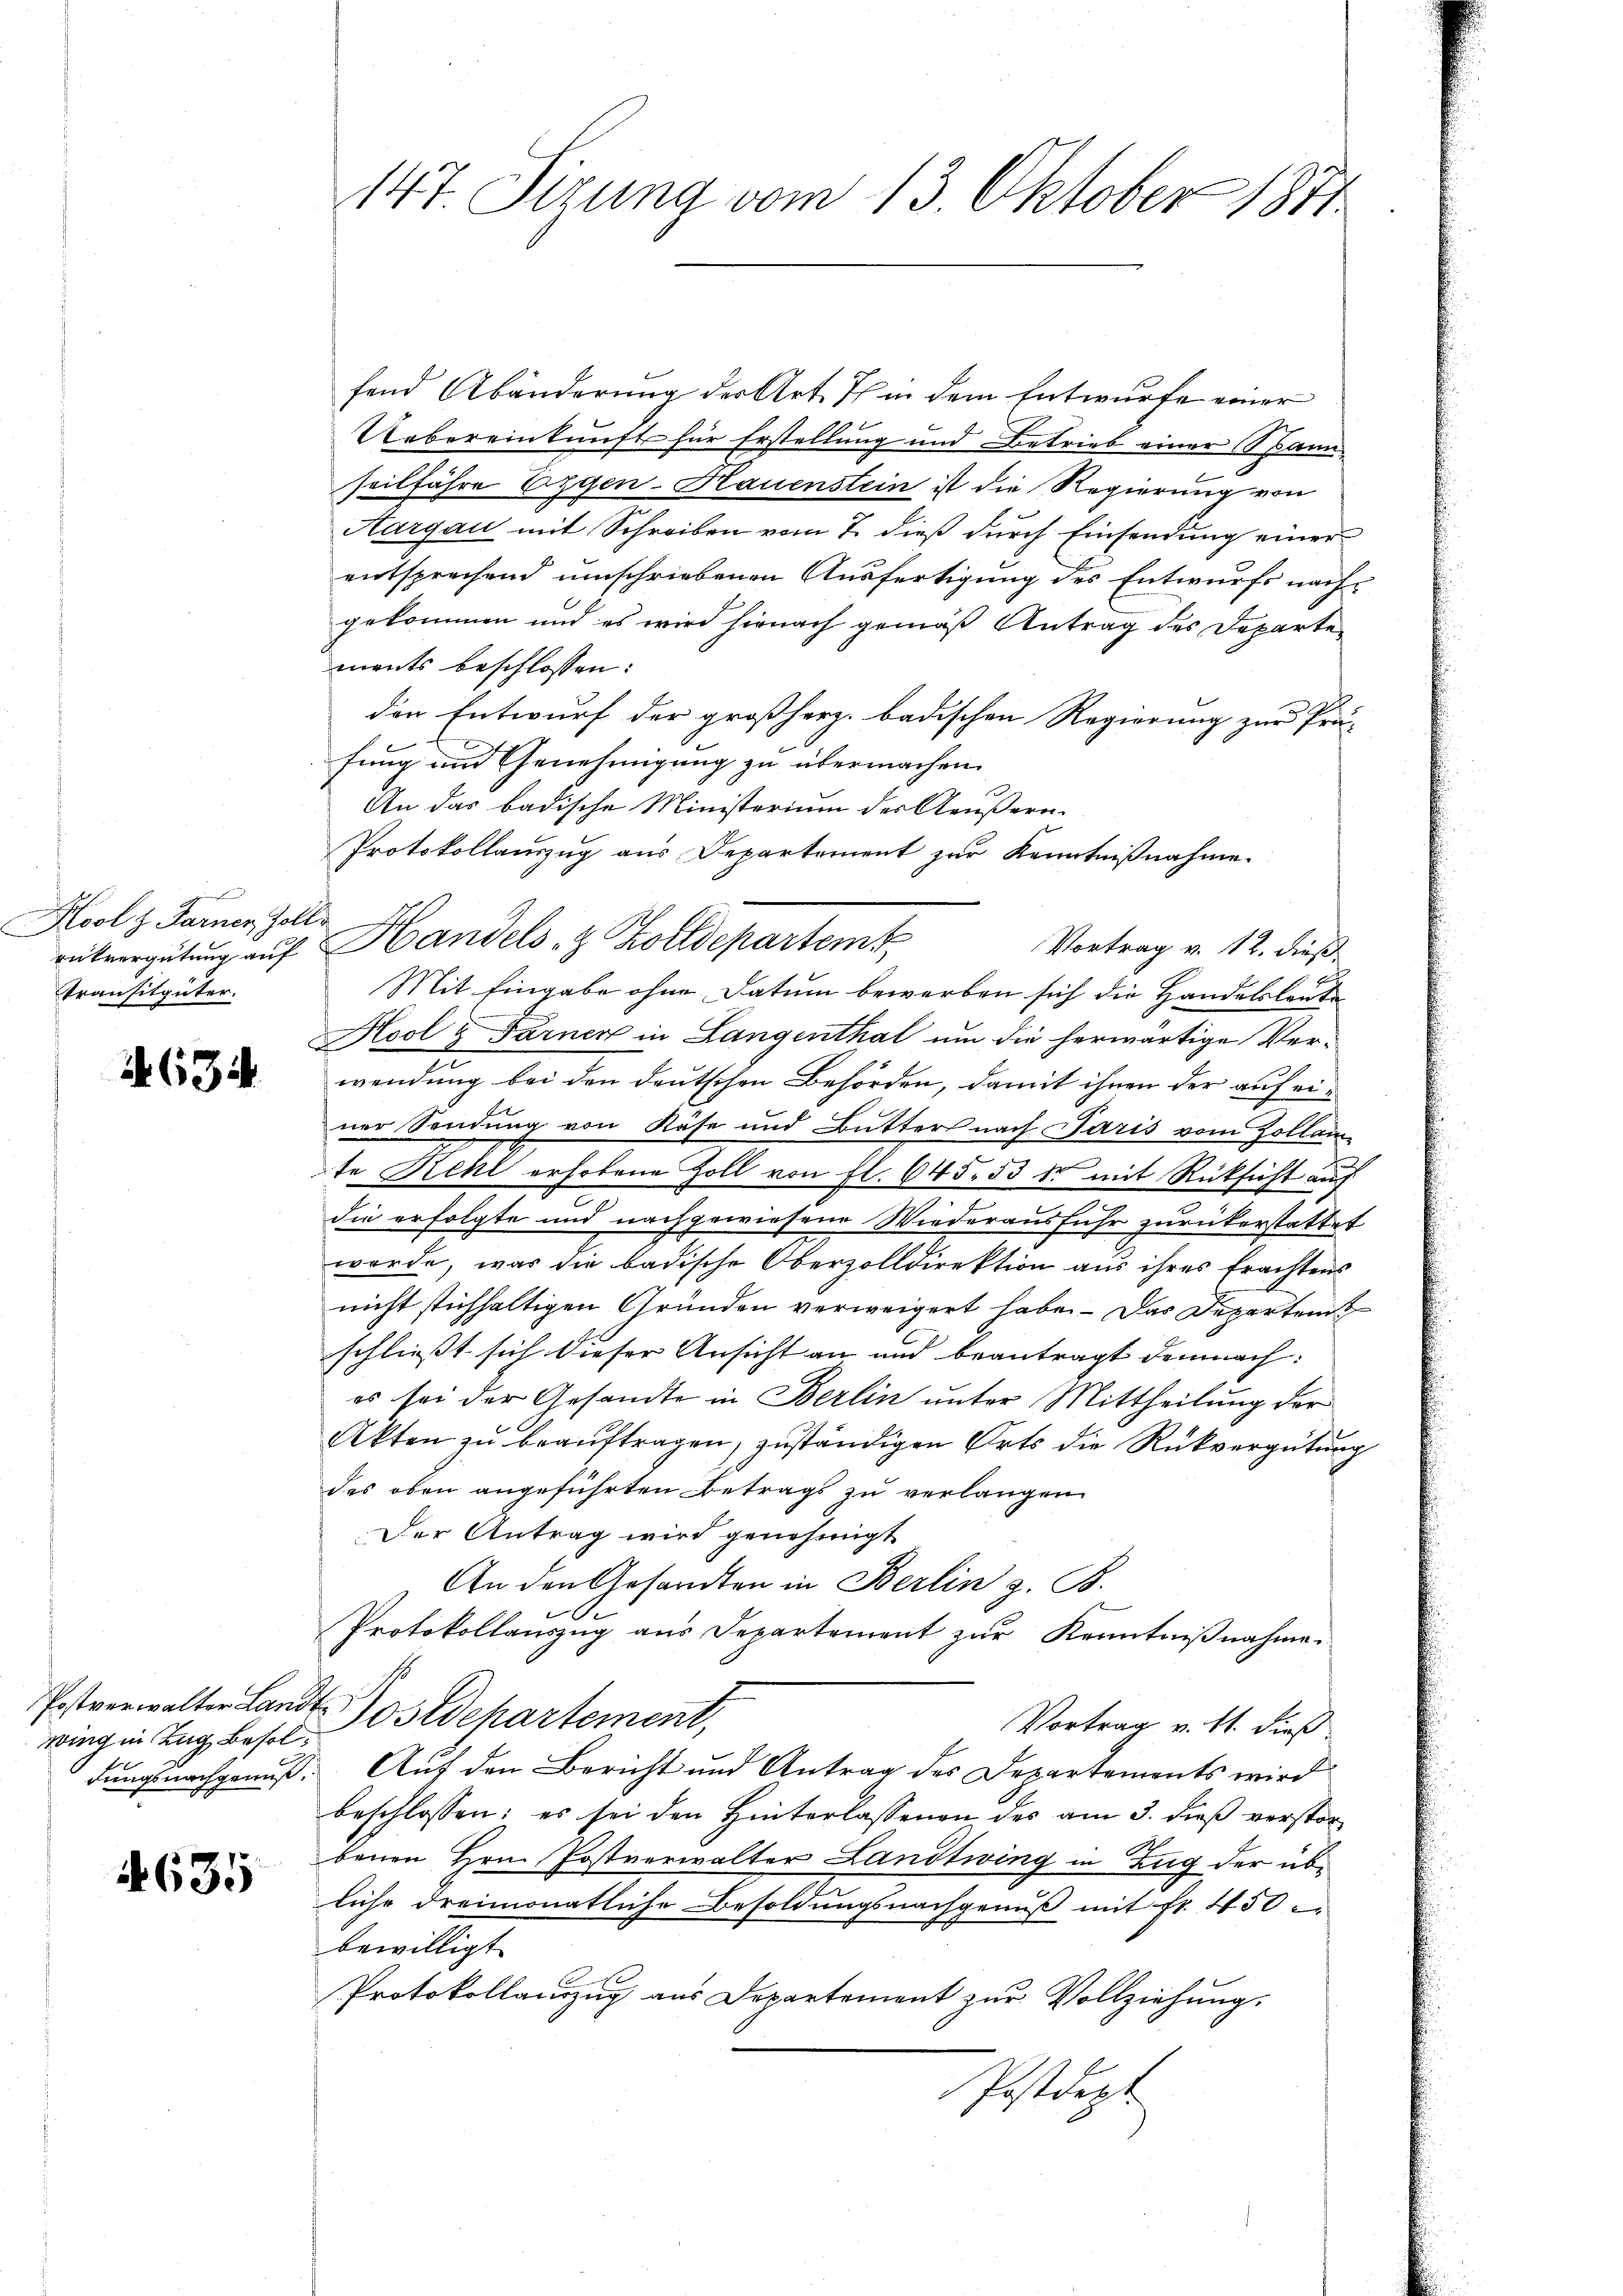
n
Kool z. Farner Zolle
Transitgüter.

634

wing in Zug Besol¬

4635

fend Abänderung der Art. Ich in dem Entwurfe einer
Uebereinkunft für Erstellung und Betrieb einer Spann
seilfahre Eggen-Hauenstein ist die Regierung von
Aargau mit Schreiben vom 7. dieß durch Einsendung einer
entsprechend umschriebenen Ausfertigung des Entwurfs nachgekommen und es wird hienach gemäß Antrag des Departements beschlossen:
den Entwurf der großherz. badischen Regierung zur Prä-
fung und Genehmigung zu übermachen.
An das badische Ministerium des Aeußern.
Protokollauszug aus Departement zur Kenntnißnahme.
rükvergütung auf Handels- & Zolldepartem
Vortrag v. 12. dieß
Mit Eingabe ohne Datum bewerben sich die Handelsleute
Hool & Farner in Langenthal um die herwärtige Verwendung bei den deutschen Behörden, damit ihnen der auf einer Sendung von Käse und Butters nach Paris vom Zollam
te Rehl erhobene Zoll von fl. 645. 53 der mit Rücksicht auf
die erfolgte und nachgewiesene Wiederausfuhr zurückerstattet
werde, was die badische Oberzolldirektion aus ihres Erachtens
nicht stichhaltigen Gründen verweigert habe. - Das Departem
schließt sich dieser Ansicht an und beantragt demnach:
es sei der Gesandte in Berlin unter Mittheilung der
Akten zu beauftragen, zuständigen Orts die Rückvergütung
des oben angeführten Betrags zu verlangen
Der Antrag wird genehmigt
An den Gesandten in Berlin z. B.
Protokollauszug aus Departement zŭr Kenntniβnahme.
Postverwalter Landt Postdepartement,
Vortrag v. Mt. dieß
dungsnachgenuß. Auf den Bericht und Antrag des Departements wird
beschlossen: es sei den Hinterlassenen des am 3. dieß verstorbenen Hrn. Postverwalter Landtwing in Zug der übliche dreimonatliche Besoldungsnachgenuß mit fr. 450
bewilligt
Protokollauszug aus Departement zur Vollziehung.
Postdept

147. Sizung vom 13. Oktober 1871